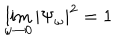
\lim _ { \omega \to 0 } | \Psi _ { \omega } | ^ { 2 } = 1